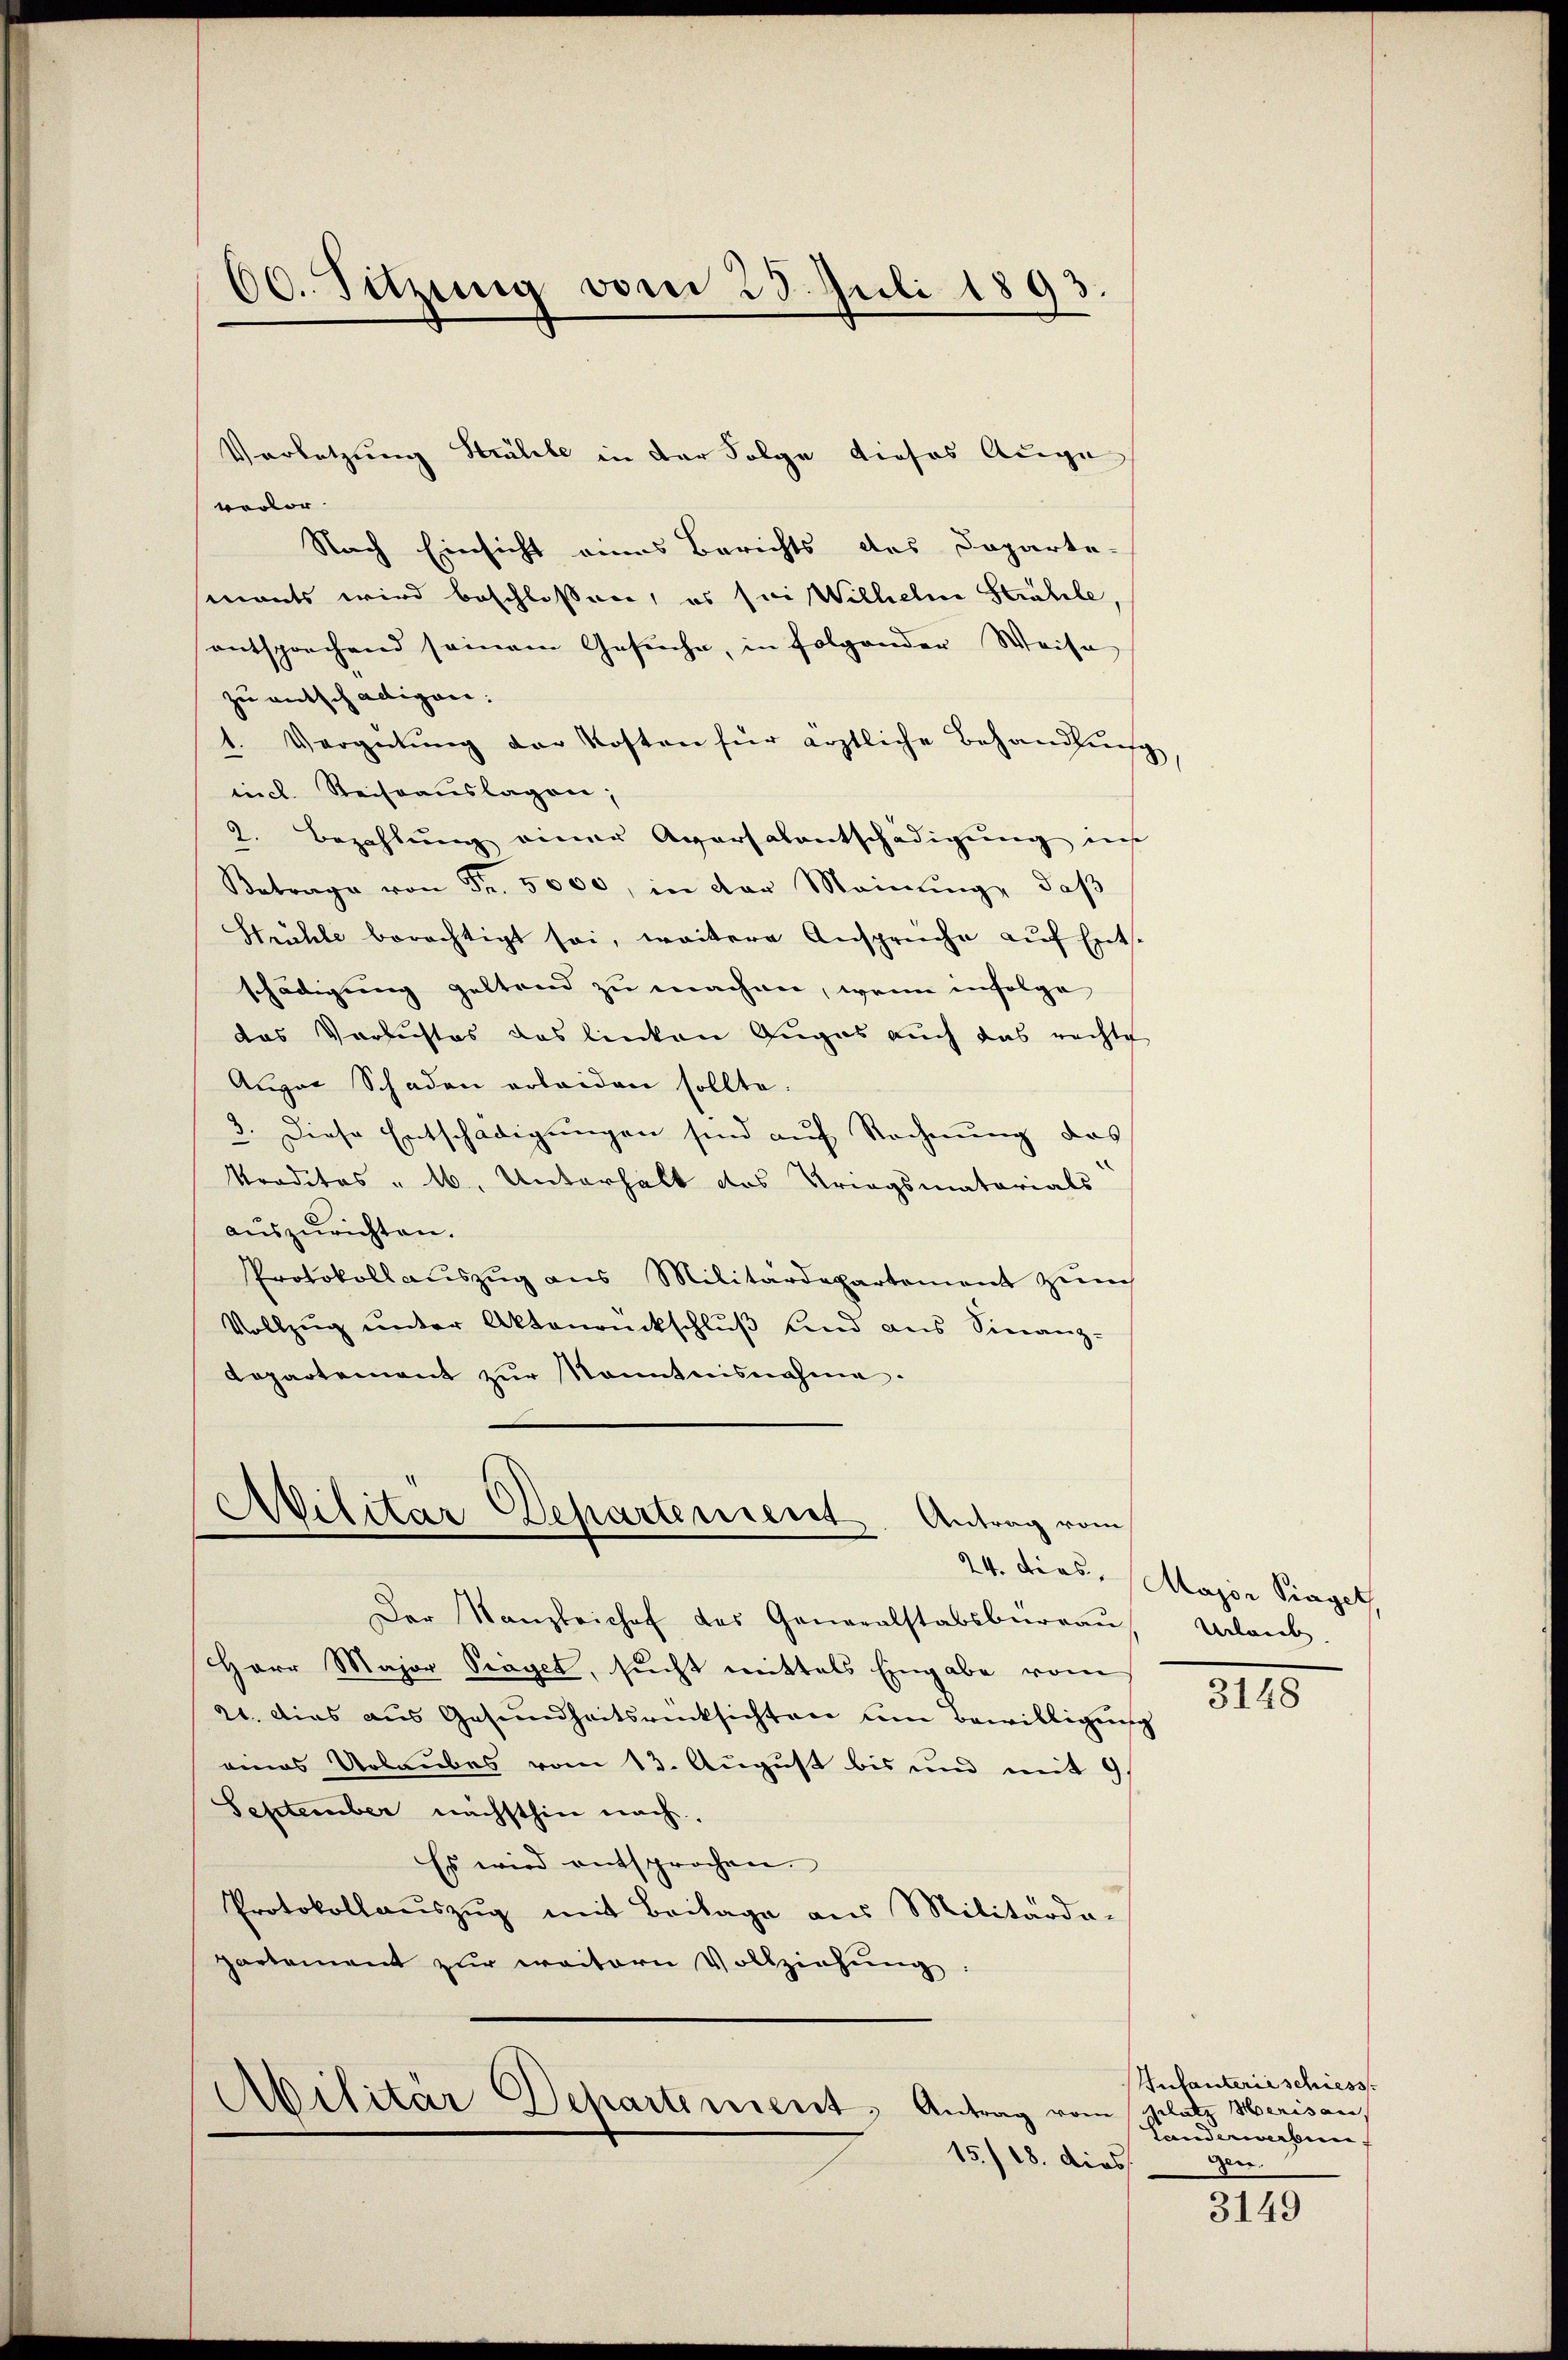
verlor. |
Nach Einsicht eines Berichts des Doparte-
monts wird beschlossen, es sei Wilhelm Strahle,
entsprechend seinem Gesuche, in folgender Weise
zu entschaltigen.
Vergütŭng der Kosten für ärztliche Behandlŭng
.
incl. Reiseauslagen;
2. Bezahlung einer Aversalentschädigung ins
Betrage von Fr. 5000, in der Meinŭng, daβ
Stühle berechtigt sei, weitere Ansprüche auf Entschädigung geltend zu machen, wenn infolge
das Verlustes das linken Auges auch das rechte
Aŭger Schaden erleiden sollte.
3. Diese Entschädigungen sind auf Rechnung das
Traditas " 16. Unterhalt das Kriegsmatorials
auszurichten.
Protokollauszug aus Militärdepartement zum
Vollzug unter Aktenrückschlŭβ sind aus Sinanz-
Lopartement zŭr Sonntensnahme.

60. Sitzung vom 23. Juli 1893.

Der Kanzleichef das Generalstabsburgau
Herr Major Traget, sucht mittels Eingabe vom
21. Dies aus Gesundheitsrücksichten um Bewilligung
eines Urlaubes vom 13. August bis und mit 9
September nächsthin nach.
Es wird entsprochen.
Protokollauszug mit Beilage aus Militarda-
partement zur weitern Vollziehung:

Vorletzung Stralele in der Folge dieses Auge

Militär-Departement. Antrag vom

Abilitär Departement, Antrag vom Platz Merisau,
15./18. dies

24. dies. Major Piaget
Urlau

3148

Infanterie schiess
tanderwerben
gen.

3149